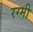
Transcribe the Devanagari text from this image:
रग्मी